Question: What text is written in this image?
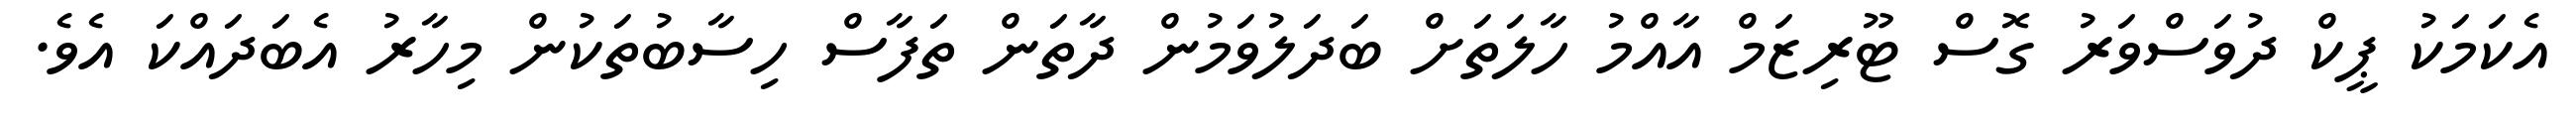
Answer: އެކަމަކު ޕީކް ދުވަސްވަރު ގޮސް ޓޫރިޒަމް އާއްމު ހާލަތަށް ބަދަލުވަމުން ދާތަން ތަފާސް ހިސާބުތަކުން މިހާރު އެބަދައްކަ އެވެ.